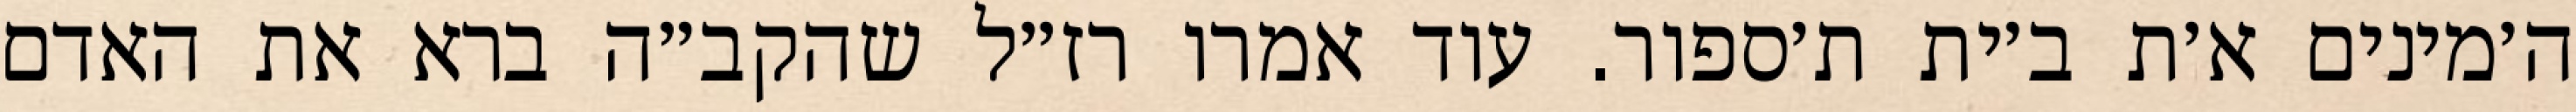
ה׳מינים א׳ת ב׳ית ת׳ספור. עוד אמרו רז״ל שהקב״ה ברא את האדם